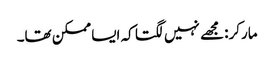
مارکر: مجھے نہیں لگتا کہ ایسا ممکن تھا۔